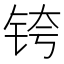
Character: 𰽴